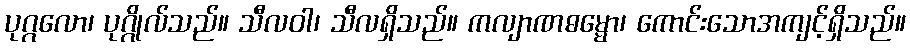
ပုဂ္ဂလော၊ ပုဂ္ဂိုလ်သည်။ သီလဝါ၊ သီလရှိသည်။ ကလျာဏဓမ္မော၊ ကောင်းသောအကျင့်ရှိသည်။